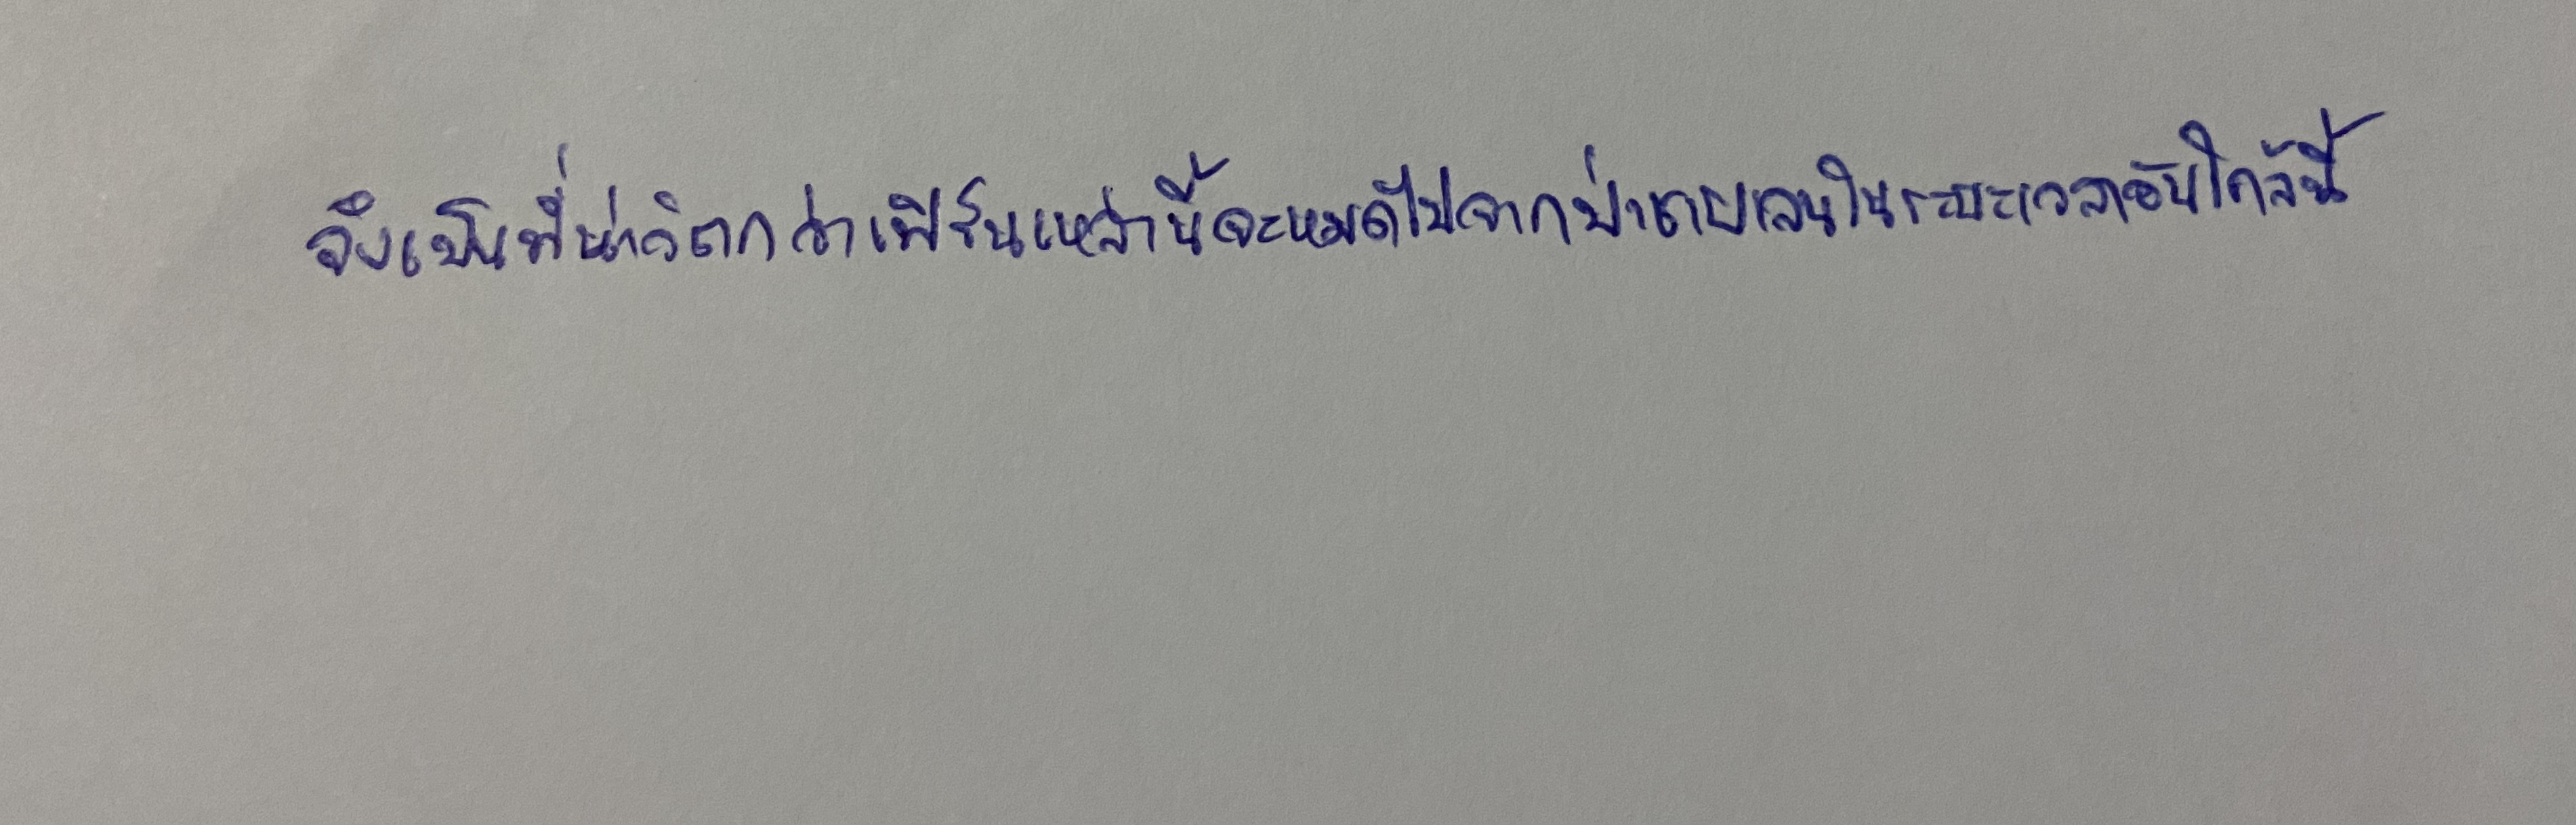
จึงเป็นที่น่าวิตกว่าเฟิร์นเหล่านี้จะหมดไปจากป่าชายเลนในระยะเวลาอันใกล้นี้